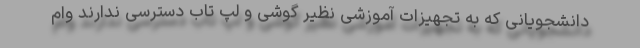
دانشجویانی که به تجهیزات آموزشی نظیر گوشی و لپ تاب دسترسی ندارند وام